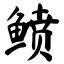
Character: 鲼